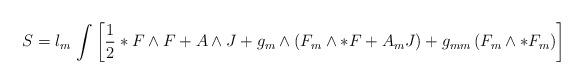
LaTeX: \begin{align*}S = l_m \, \int \left[ \frac{1}{2}*F\wedge F + A\wedge J +g_m\wedge\left(F_m\wedge *F + A_m J\right) + g_{mm} \left(F_m\wedge *F_m\right)\right]\end{align*}